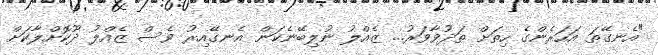
"އެނގޭތަ އަހަރެންގެ ހިތަށް ތަދުވާވަރު... ޒެއްލު ނުލިބޭނެކަން އެނގޭއިރު ވެސް ޒެއްލު ދޫކޮށްލާކަށް